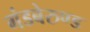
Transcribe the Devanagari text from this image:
गंडबेरुण्ड